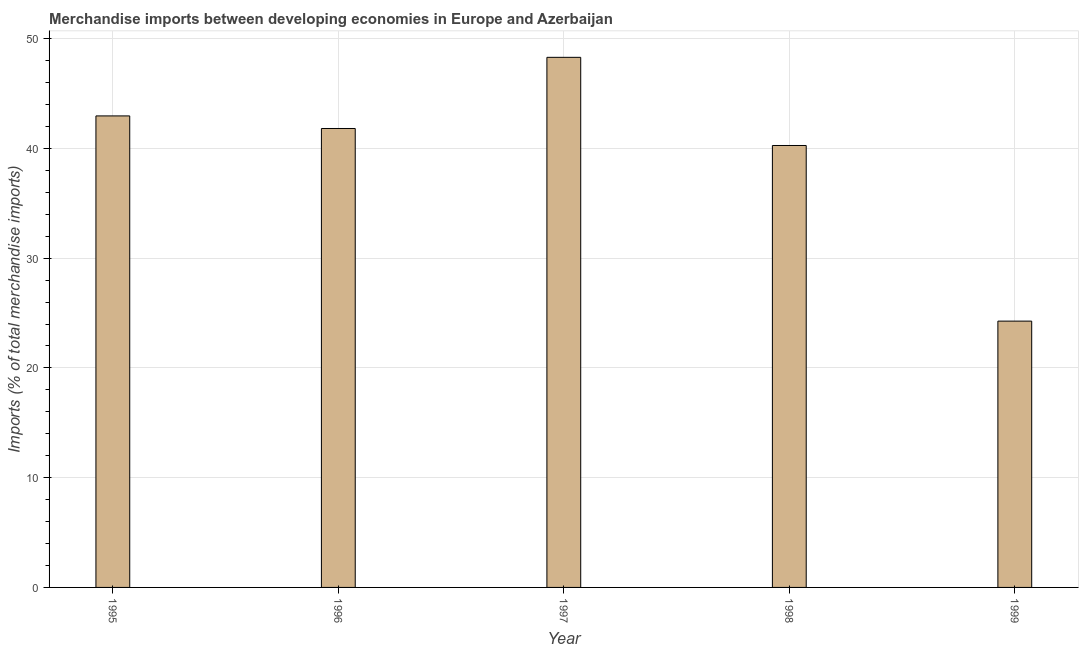
| Year | Merchandise imports |
 | --- | --- |
 | 1995 | 43 |
 | 1996 | 41.8 |
 | 1997 | 48.3 |
 | 1998 | 40.3 |
 | 1999 | 24.3 |